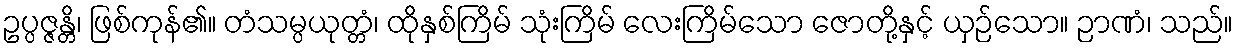
ဥပ္ပဇ္ဇန္တိ၊ ဖြစ်ကုန်၏။ တံသမ္ပယုတ္တံ၊ ထိုနှစ်ကြိမ် သုံးကြိမ် လေးကြိမ်သော ဇောတို့နှင့် ယှဉ်သော။ ဉာဏံ၊ သည်။